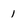
Character: 1